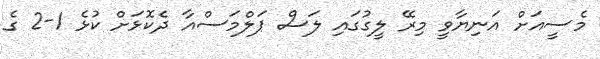
މެސީއަށް އަނިޔާވީ މިރޭ ލީގުގައި ލަސް ޕަލްމަސްއާ ދެކޮޅަށް ކުޅެ 1-2 ގެ